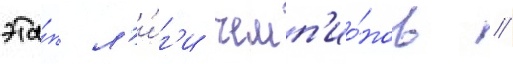
эта́п л'и́г'и чемп'ио́нов //